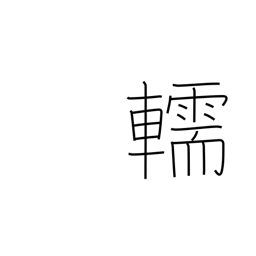
Meaning: hearse